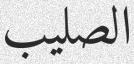
الصليب